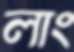
লাং